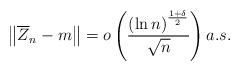
LaTeX: \begin{align*}\left\| \overline{Z}_{n} - m \right\| = o \left( \frac{\left(\ln n\right)^{\frac{1+\delta}{2}}}{\sqrt{n}}\right) a.s .\end{align*}